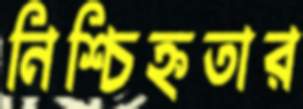
নিশ্চিহ্নতার